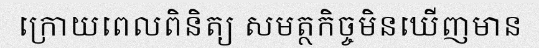
ក្រោយពេលពិនិត្យ សមត្ថកិច្ចមិនឃើញមាន